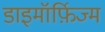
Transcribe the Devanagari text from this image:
डाइमॉर्फ़िज्म